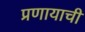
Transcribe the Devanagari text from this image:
प्रणायाची